King Institute of Preventive Medicine Bacteriolog. Section reports 1907-08
Year: 1907
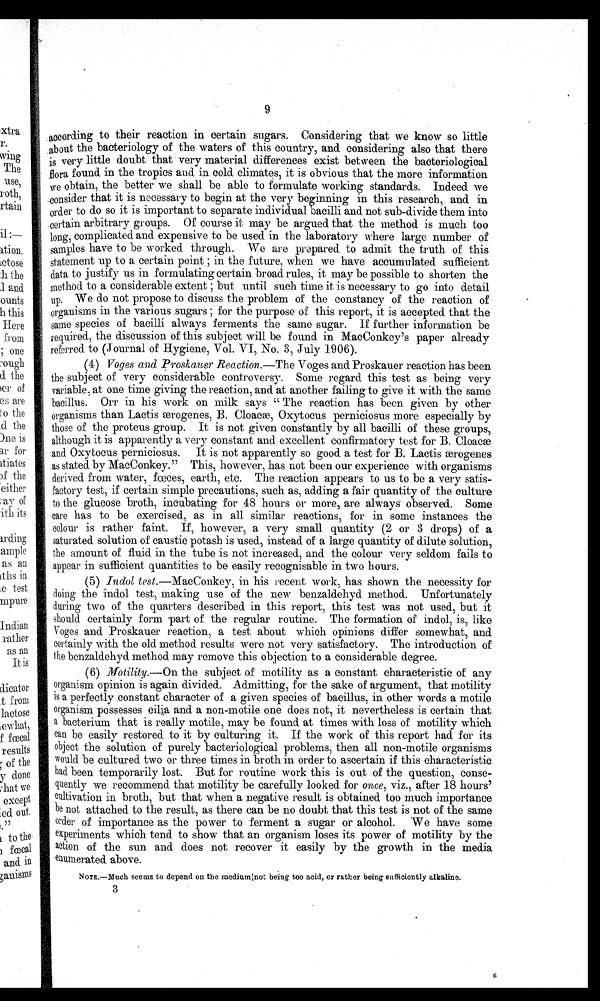
9
according to their reaction in certain sugars. Considering that we know so little
about the bacteriology of the waters of this country, and considering also that there
is very little doubt that very material differences exist between the bacteriological
flora found in the tropics and in cold climates, it is obvious that the more information
we obtain, the better we shall be able to formulate working standards. Indeed we
consider that it is necessary to begin at the very beginning in this research, and in
order to do so it is important to separate individual bacilli and. not sub-divide them into
certain arbitrary groups. Of course it may be argued that the method is much too
long, complicated and expensive to be used in the laboratory where large number of
samples have to be worked through. We are prepared to admit the truth of this
statement up to a certain point ; in the future, when we have accumulated sufficient
data to justify us in formulating certain broad rules, it may be possible to shorten the
method to a considerable extent ; but until such time it is necessary to go into detail
up. We do not propose to discuss the problem of the constancy of the reaction of
organisms in the various sugars ; for the purpose of this report, it is accepted that the
same species of bacilli always ferments the same sugar. If further information be
required, the discussion of this subject will be found in MacConkey's paper already
referred to (Journal of Hygiene, Vol. VI, No. 3, July 1906).
(4) Voges and Proskauer Reaction.— The Voges and Proskauer reaction has been
the subject of very considerable controversy. Some regard this test as being very
variable, at one time giving the reaction, and at another failing to give it with the same
bacillus. Orr in his work on milk says “ The reaction has been given by other
organisms than Lactis erogenes, B. Cloacæ, Oxytocus perniciosus more especially by
those of the proteus group. It is not given constantly by all bacilli of these groups,
although it is apparently a very constant and excellent confirmatory test for B. Cloacæ
and Oxytocus perniciosus. It is not apparently so good a test for B. Lactis ænrogenes
as stated by MacConkey.” This, however, has not been our experience with organisms
derived from water, fœces, earth, etc. The reaction appears to us to be a very satis-
factory test, if certain simple precautions, such as, adding a fair quantity of the culture
to the glucose broth, incubating for 48 hours or more, are always observed. Some
care has to be exercised, as in all similar reactions, for in some instances the
colour is rather faint. If, however, a very small quantity (2 or 3 drops) of a
saturated solution of caustic potash is used, instead of a large quantity of dilute solution,
the amount of fluid in the tube is not increased, and the colour very seldom fails to
appear in sufficient quantities to be easily recognisable in two hours.
(5)
Indol test .—MacConkey, in his recent work, has shown the necessity for
doing the indol test, making use of the new benzaldehyd method. Unfortunately
during two of the quarters described in this report, this test was not used, but it
should certainly form 'part of the regular routine. The formation of indol, is, like
Voges and Proskauer reaction, a test about which opinions differ somewhat, an
d c e r t a i n l y w i t h t h e o l d m e t h o d r e s u l t s w e r e n o t v e r y s a t i s f a c t o r y . T h e i n t r o d u c t i o n o f
the benzaldehyd method may remove this objection to a considerable degree.
(6) Motility.—On the subject of motility as a constant characteristic of any
organism opinion is again divided. Admitting, for the sake of argument, that motility
is a perfectly constant character of a given species of bacillus, in other words a motile
organism possesses cilia and a non-motile one does not, it nevertheless is certain that
ab a c t e r i u m t h a t i s r e a l l y m o t i l e , m a y b e f o u n d a t t i m e s w i t h l o s s o f m o t i l i t y w h i c h
can be easily restored to it by culturing it. If the work of this report had for its
object the solution of purely bacteriological problems, then all non-motile organisms
would be cultured two or three times in broth in order to ascertain if this characteristic
had been temporarily lost. But for routine work this is out of the question, conse-
quently we recommend that motility be carefully looked for once, viz., after 18 hours'
c u l t i v a t i o n i n b r o t h , b u t t h a t w h e n a n e g a t i v e r e s u l t i s o b t a i n e d t o o m u c h i m p o r t a n c e
b e n o t a t t a c h e d t o t h e r e s u l t , a s t h e r e c a n b e n o d o u b t t h a t t h i s t e s t i s n o t o f t h e
same
order of importance as the power to ferment a sugar or alcohol. We have some
e x p e r i m e n t s w h i c h t e n d t o s h o w t h a t a n o r g a n i s m l o s e s i t s p o w e r o f m o t i l i t y b y t h e
a c t i o n
of the sun and does not recover it easily by the growth in the media
e n u m e r a t e d a b o v e .
NOTE.— Much seems to depend on the medium not being too acid, or rather being sufficiently alkaline.
3